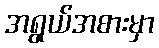
အရွယ်အစားမှာ